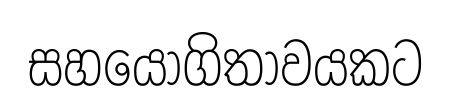
සහයෝගිතාවයකට